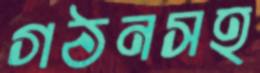
গঠনসহ